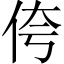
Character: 侉